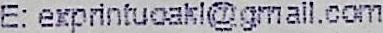
E: EXPRINTUOAKL@GMAIL.COM